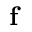
\mathbf { f }